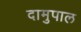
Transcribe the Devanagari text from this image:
दामुपाल